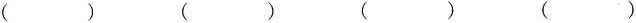
（） （） （） （）